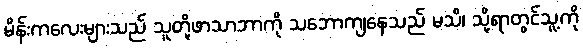
မိန်းကလေးများသည် သူတို့ဖာသာဘာကို သဘောကျနေသည် မသိ၊ သို့ရာတွင်သူ့ကို